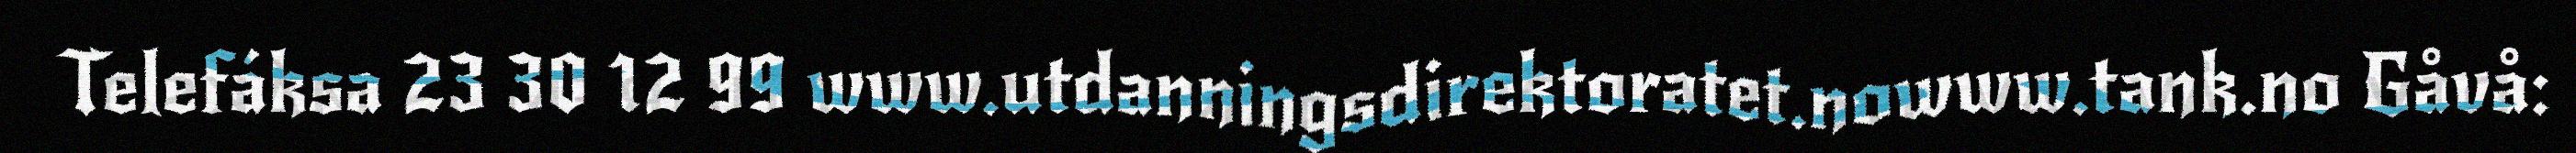
Telefáksa 23 30 12 99 www.utdanningsdirektoratet.nowww.tank.no Gåvå: